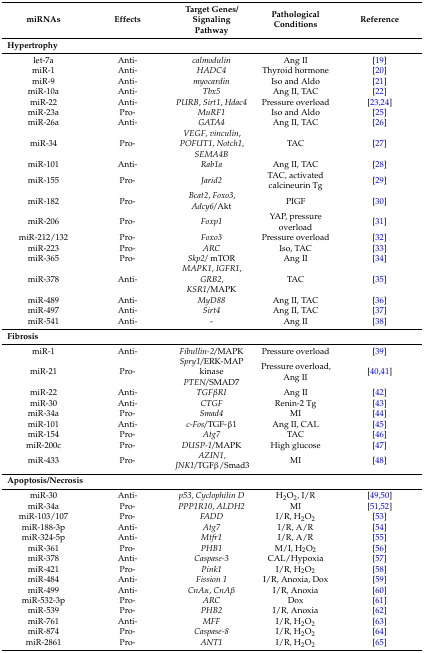
<table><thead><tr><td><b>miRNAs</b></td><td><b>Effects</b></td><td><b>Target Genes/ Signaling Pathway</b></td><td><b>Pathological Conditions</b></td><td><b>Reference</b></td></tr></thead><tbody><tr><td colspan="5"><b>Hypertrophy</b></td></tr><tr><td>let-7a</td><td>Anti-</td><td><i>calmodulin</i></td><td>Ang II</td><td>[19]</td></tr><tr><td>miR-1</td><td>Anti-</td><td><i>HADC4</i></td><td>Thyroid hormone</td><td>[20]</td></tr><tr><td>miR-9</td><td>Anti-</td><td><i>myocardin</i></td><td>Iso and Aldo</td><td>[21]</td></tr><tr><td>miR-10a</td><td>Anti-</td><td><i>Tbx5</i></td><td>Ang II, TAC</td><td>[22]</td></tr><tr><td>miR-22</td><td>Anti-</td><td><i>PURB</i>, <i>Sirt1</i>, <i>Hdac4</i></td><td>Pressure overload</td><td>[23,24]</td></tr><tr><td>miR-23a</td><td>Pro-</td><td><i>MuRF1</i></td><td>Iso and Aldo</td><td>[25]</td></tr><tr><td>miR-26a</td><td>Anti-</td><td><i>GATA4</i></td><td>Ang II, TAC</td><td>[26]</td></tr><tr><td>miR-34</td><td>Pro-</td><td><i>VEGF</i>, <i>vinculin</i>, <i>POFUT1</i>, <i>Notch1</i>, <i>SEMA4B</i></td><td>TAC</td><td>[27]</td></tr><tr><td>miR-101</td><td>Anti-</td><td><i>Rab1a</i></td><td>Ang II, TAC</td><td>[28]</td></tr><tr><td>miR-155</td><td>Pro-</td><td><i>Jarid2</i></td><td>TAC, activated calcineurin Tg</td><td>[29]</td></tr><tr><td>miR-182</td><td>Pro-</td><td><i>Bcat2</i>, <i>Foxo3</i>, <i>Adcy6/</i>Akt</td><td>PIGF</td><td>[30]</td></tr><tr><td>miR-206</td><td>Pro-</td><td><i>Foxp1</i></td><td>YAP, pressure overload</td><td>[31]</td></tr><tr><td>miR-212/132</td><td>Pro-</td><td><i>Foxo3</i></td><td>Pressure overload</td><td>[32]</td></tr><tr><td>miR-223</td><td>Pro-</td><td><i>ARC</i></td><td>Iso, TAC</td><td>[33]</td></tr><tr><td>miR-365</td><td>Pro-</td><td><i>Skp2/</i> mTOR</td><td>Ang II</td><td>[34]</td></tr><tr><td>miR-378</td><td>Anti-</td><td><i>MAPK1</i>, <i>IGFR1</i>, <i>GRB2</i>, <i>KSR1/</i>MAPK</td><td>TAC</td><td>[35]</td></tr><tr><td>miR-489</td><td>Anti-</td><td><i>MyD88</i></td><td>Ang II, TAC</td><td>[36]</td></tr><tr><td>miR-497</td><td>Anti-</td><td><i>Sirt4</i></td><td>Ang II, TAC</td><td>[37]</td></tr><tr><td>miR-541</td><td>Anti-</td><td>-</td><td>Ang II</td><td>[38]</td></tr><tr><td colspan="5"><b>Fibrosis</b></td></tr><tr><td>miR-1</td><td>Anti-</td><td><i>Fibullin-2/</i>MAPK</td><td>Pressure overload</td><td>[39]</td></tr><tr><td>miR-21</td><td>Pro-</td><td><i>Spry1/</i>ERK-MAP kinase <i>PTEN/</i>SMAD7</td><td>Pressure overload, Ang II</td><td>[40,41]</td></tr><tr><td>miR-22</td><td>Anti-</td><td><i>TGFβRI</i></td><td>Ang II</td><td>[42]</td></tr><tr><td>miR-30</td><td>Anti-</td><td><i>CTGF</i></td><td>Renin-2 Tg</td><td>[43]</td></tr><tr><td>miR-34a</td><td>Pro-</td><td><i>Smad4</i></td><td>MI</td><td>[44]</td></tr><tr><td>miR-101</td><td>Anti-</td><td><i>c-Fos/</i>TGF-β1</td><td>Ang II, CAL</td><td>[45]</td></tr><tr><td>miR-154</td><td>Pro-</td><td><i>Atg7</i></td><td>TAC</td><td>[46]</td></tr><tr><td>miR-200c</td><td>Pro-</td><td><i>DUSP-1/</i>MAPK</td><td>High glucose</td><td>[47]</td></tr><tr><td>miR-433</td><td>Pro-</td><td><i>AZIN1</i>, <i>JNK1/</i>TGFβ/Smad3</td><td>MI</td><td>[48]</td></tr><tr><td colspan="5"><b>Apoptosis/Necrosis</b></td></tr><tr><td>miR-30</td><td>Anti-</td><td><i>p53</i>, <i>Cyclophilin D</i></td><td>H<sub>2</sub>O<sub>2</sub>, I/R</td><td>[49,50]</td></tr><tr><td>miR-34a</td><td>Pro-</td><td><i>PPP1R10</i>, <i>ALDH2</i></td><td>MI</td><td>[51,52]</td></tr><tr><td>miR-103/107</td><td>Pro-</td><td><i>FADD</i></td><td>I/R, H<sub>2</sub>O<sub>2</sub></td><td>[53]</td></tr><tr><td>miR-188-3p</td><td>Anti-</td><td><i>Atg7</i></td><td>I/R, A/R</td><td>[54]</td></tr><tr><td>miR-324-5p</td><td>Anti-</td><td><i>Mtfr1</i></td><td>I/R, A/R</td><td>[55]</td></tr><tr><td>miR-361</td><td>Pro-</td><td><i>PHB1</i></td><td>M/I, H<sub>2</sub>O<sub>2</sub></td><td>[56]</td></tr><tr><td>miR-378</td><td>Anti-</td><td><i>Caspase-3</i></td><td>CAL/Hypoxia</td><td>[57]</td></tr><tr><td>miR-421</td><td>Pro-</td><td><i>Pink1</i></td><td>I/R, H<sub>2</sub>O<sub>2</sub></td><td>[58]</td></tr><tr><td>miR-484</td><td>Anti-</td><td><i>Fission 1</i></td><td>I/R, Anoxia, Dox</td><td>[59]</td></tr><tr><td>miR-499</td><td>Anti-</td><td><i>CnAα</i>, <i>CnAβ</i></td><td>I/R, Anoxia</td><td>[60]</td></tr><tr><td>miR-532-3p</td><td>Pro-</td><td><i>ARC</i></td><td>Dox</td><td>[61]</td></tr><tr><td>miR-539</td><td>Pro-</td><td><i>PHB2</i></td><td>I/R, Anoxia</td><td>[62]</td></tr><tr><td>miR-761</td><td>Anti-</td><td><i>MFF</i></td><td>I/R, H<sub>2</sub>O<sub>2</sub></td><td>[63]</td></tr><tr><td>miR-874</td><td>Pro-</td><td><i>Caspase-8</i></td><td>I/R, H<sub>2</sub>O<sub>2</sub></td><td>[64]</td></tr><tr><td>miR-2861</td><td>Pro-</td><td><i>ANT1</i></td><td>I/R, H<sub>2</sub>O<sub>2</sub></td><td>[65]</td></tr></tbody></table>